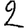
Digit: 2